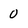
Character: 0